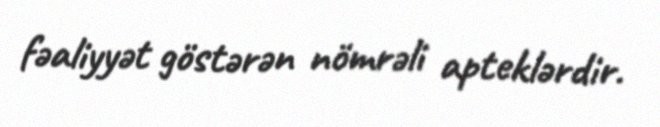
fəaliyyət göstərən nömrəli apteklərdir.